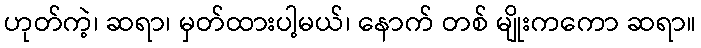
ဟုတ်ကဲ့၊ ဆရာ၊ မှတ်ထားပါ့မယ်၊ နောက် တစ် မျိုးကကော ဆရာ။